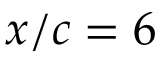
x / c = 6